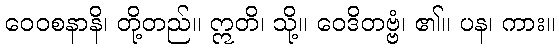
ဝေဝစနာနိ၊ တို့တည်။ ဣတိ၊ သို့။ ဝေဒိတဗ္ဗံ၊ ၏။ ပန၊ ကား။